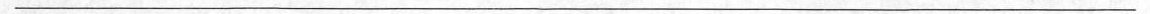
___